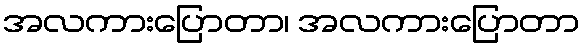
အလကားပြောတာ၊ အလကားပြောတာ